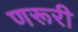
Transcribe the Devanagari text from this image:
णरूरी